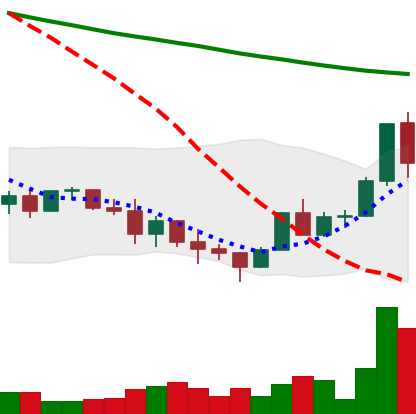
Ticker: ADA-USD
Chart end date: 2022-01-18
Forward return: -23.416%
Label: down_7plus